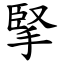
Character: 掔